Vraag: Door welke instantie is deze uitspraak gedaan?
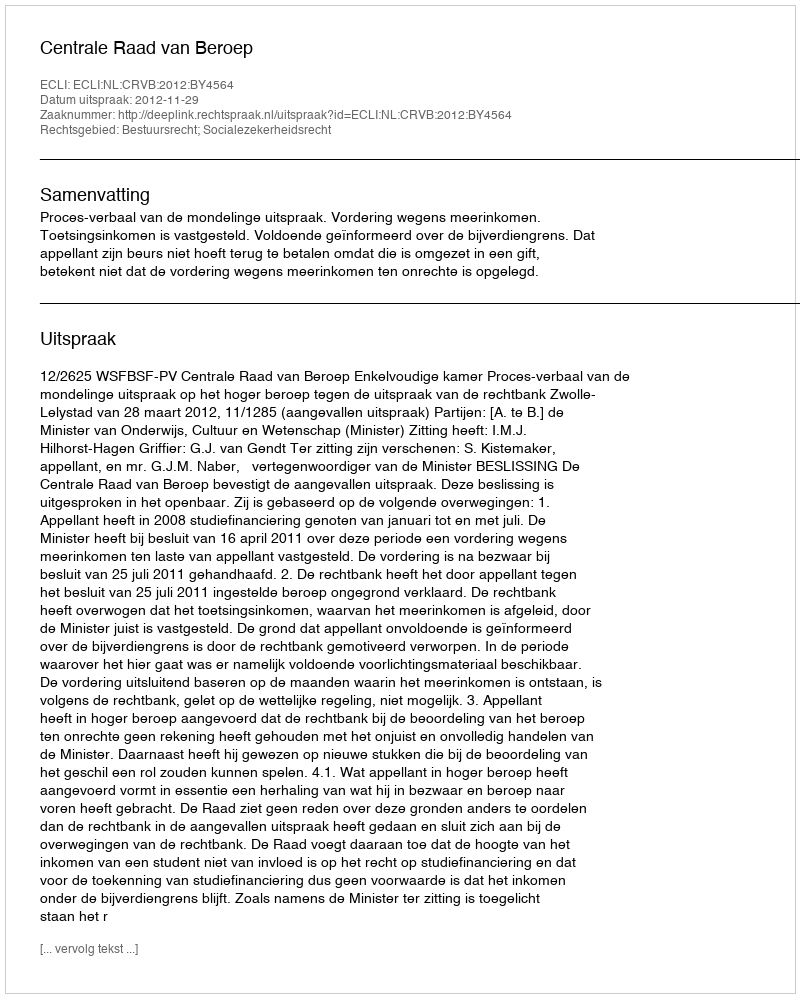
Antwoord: Centrale Raad van Beroep